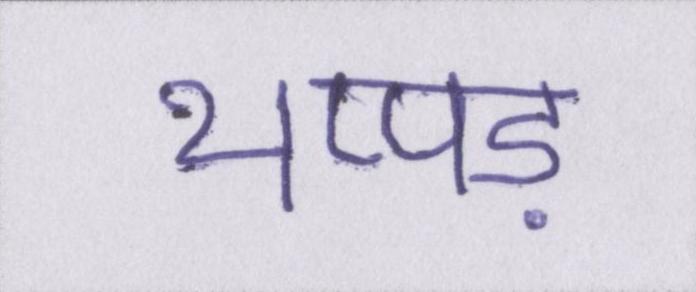
थप्पड़